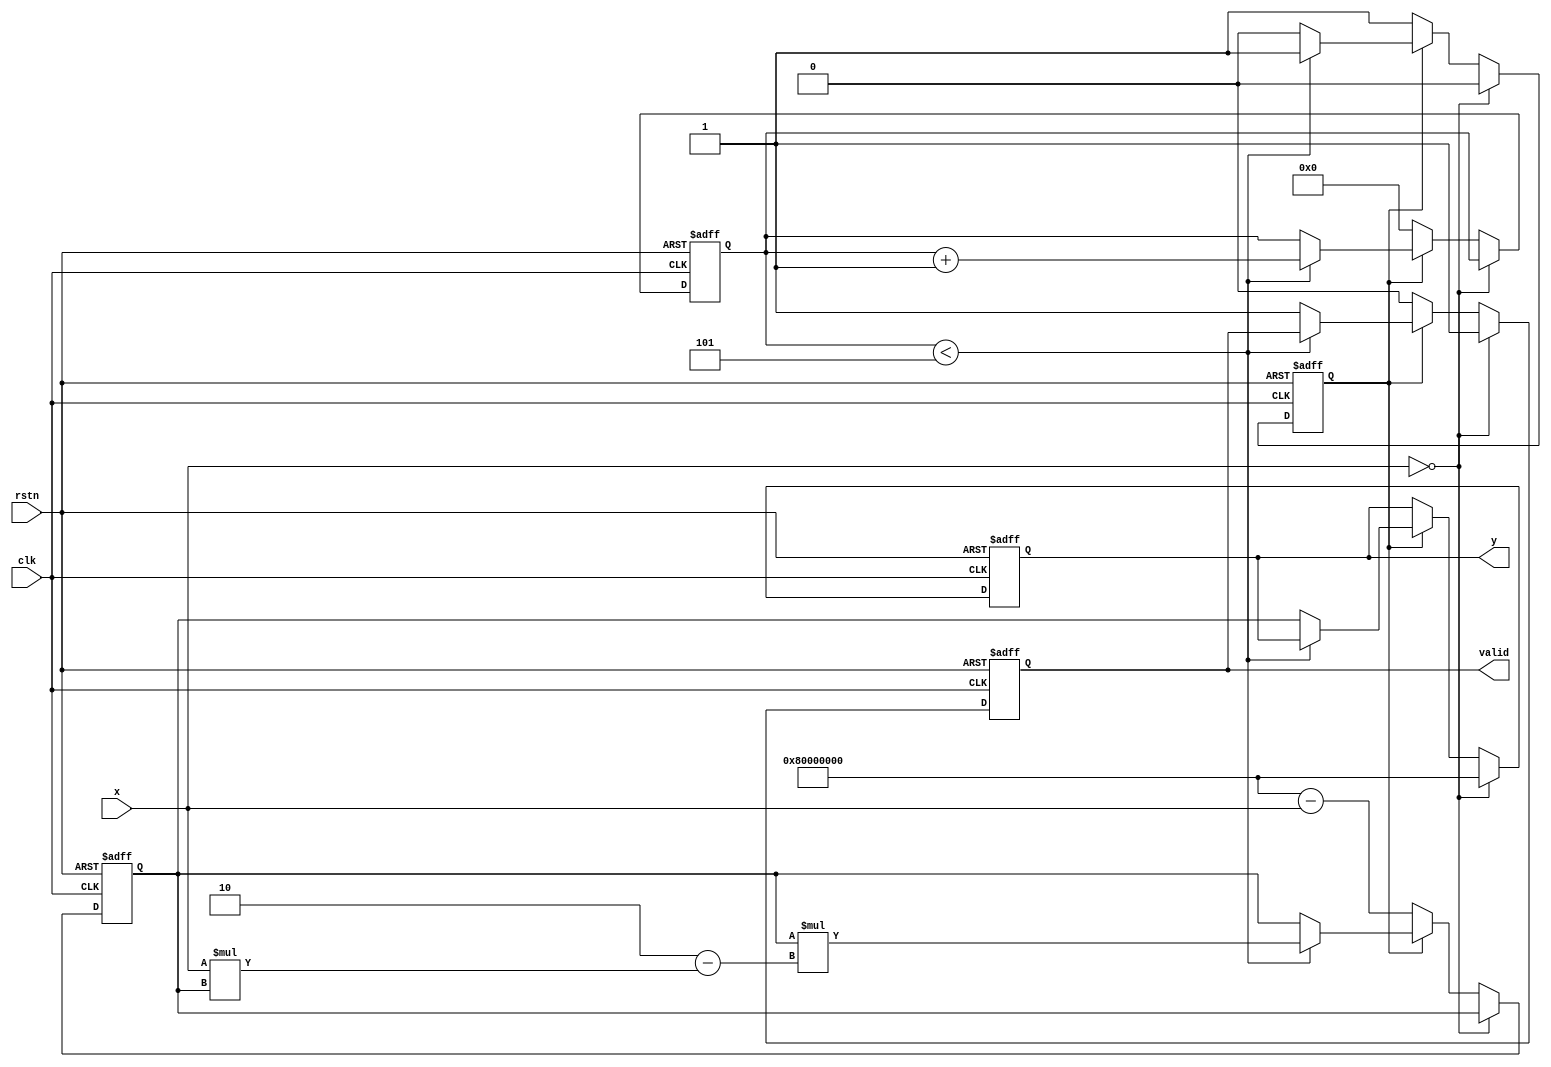
module binary_fractional_reciprocal #(
    parameter N = 16,  // Input width
    parameter M = 32   // Output width, should be greater than N for precision
)(
    input wire clk,                // Clock signal
    input wire rstn,               // Active-low reset
    input wire [N-1:0] x,          // Input fractional number (0 to 1)
    output reg [M-1:0] y,          // Output reciprocal result
    output reg valid               // Output valid signal
);

    // Internal parameters
    localparam MAX_ITER = 5;       // Number of iterations for Newton-Raphson
    reg [M-1:0] approx;             // Current approximation of reciprocal
    reg [3:0] iteration;            // Iteration counter
    reg calculating;                // Flag indicating if calculation is in progress

    // Process to compute the reciprocal
    always @(posedge clk or negedge rstn) begin
        if (!rstn) begin
            y <= 0;
            valid <= 0;
            approx <= 0;
            iteration <= 0;
            calculating <= 0;
        end else begin
            if (x == 0) begin
                // Handle zero input case
                y <= {1'b1, {(M-1){1'b0}}};  // Return a defined large value for 1.0
                valid <= 1;
                calculating <= 0;
            end else if (!calculating) begin
                // Start calculation
                approx <= {1'b1, {(M-1){1'b0}}} - x; // Initial guess (1 - x)
                iteration <= 0;
                calculating <= 1;
                valid <= 0;
            end else if (calculating) begin
                if (iteration < MAX_ITER) begin
                    // Newton-Raphson iteration
                    approx <= approx * (2'b10 - (x * approx)); // approx = approx * (2 - x * approx)
                    iteration <= iteration + 1;
                end else begin
                    // Calculation complete
                    y <= approx;               // Final reciprocal value
                    valid <= 1;                // Indicate output is valid
                    calculating <= 0;          // Reset the calculating flag
                end
            end
        end
    end

endmodule